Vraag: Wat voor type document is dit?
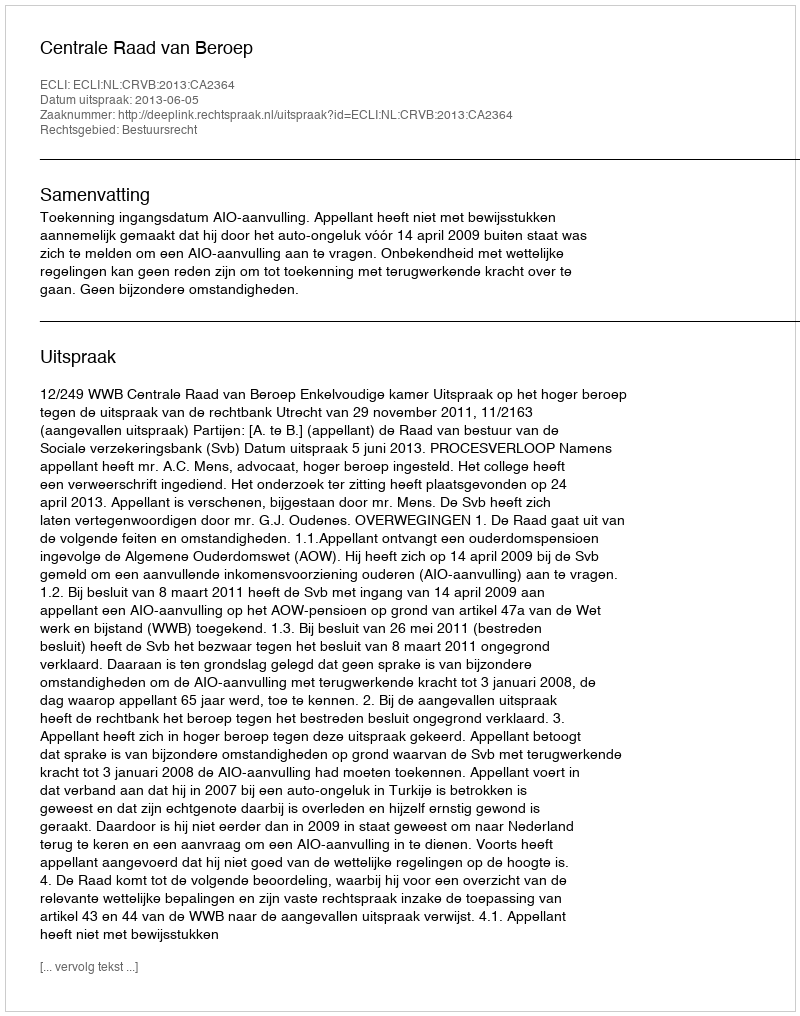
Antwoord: Uitspraak